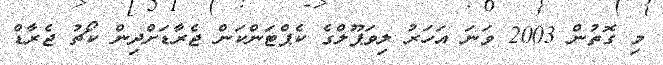
މި ގޮތުން 2003 ވަނަ އަހަރު ލިވަޕޫލްގެ ކެޕްޓަންކަން ޖެރާޑަށްދިން ކޯޗު ޖެރާޑް